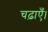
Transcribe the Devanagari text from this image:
चढ़ाएँ।